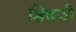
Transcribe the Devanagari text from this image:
शिबजी